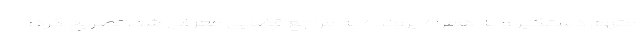
متهم دستگیر و به همراه پرونده به مراجع قضایی معرفی شد، تصریح کرد: